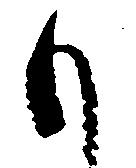
も